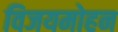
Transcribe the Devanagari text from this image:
विजयमोहन